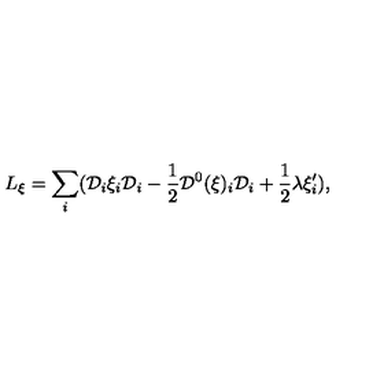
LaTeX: L _ { \xi } = \sum _ { i } ( { \cal D } _ { i } \xi _ { i } { \cal D } _ { i } - \frac { 1 } { 2 } { \cal D } ^ { 0 } ( \xi ) _ { i } { \cal D } _ { i } + \frac { 1 } { 2 } \lambda \xi _ { i } ^ { \prime } ) ,